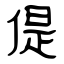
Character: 偍